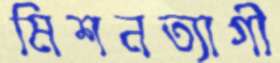
মিশনত্যাগী